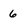
Character: 6